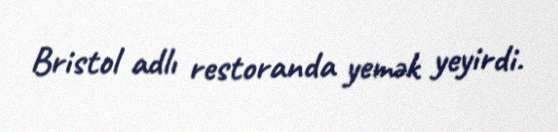
Bristol adlı restoranda yemək yeyirdi.